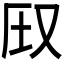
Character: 𪠦